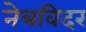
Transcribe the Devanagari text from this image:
नेत्रविदर